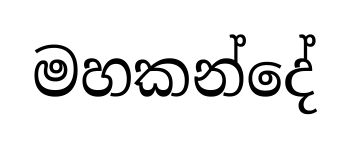
මහකන්දේ